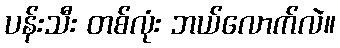
ပန်းသီး တစ်လုံး ဘယ်လောက်လဲ။